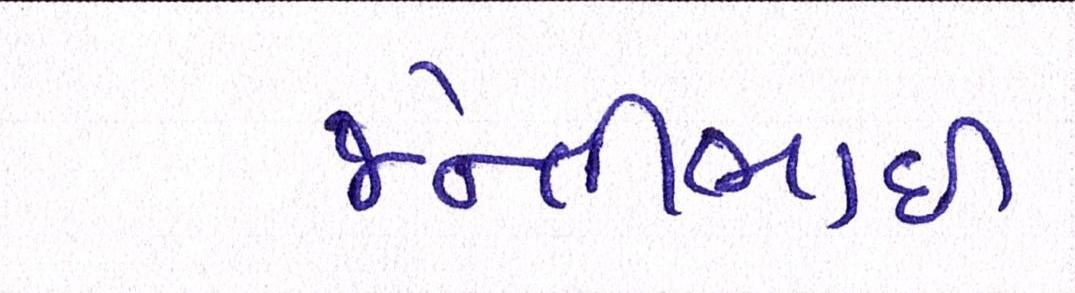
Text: જેન્તીભાઈ